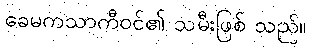
ခေမကသာကီဝင်၏ သမီးဖြစ် သည်။